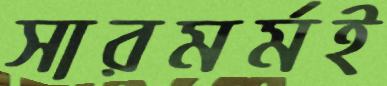
সারমর্মই